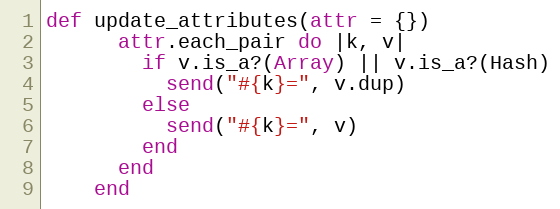
Language: Ruby
def update_attributes(attr = {})
      attr.each_pair do |k, v|
        if v.is_a?(Array) || v.is_a?(Hash)
          send("#{k}=", v.dup)
        else
          send("#{k}=", v)
        end
      end
    end